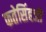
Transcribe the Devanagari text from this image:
फतेसिंहजी